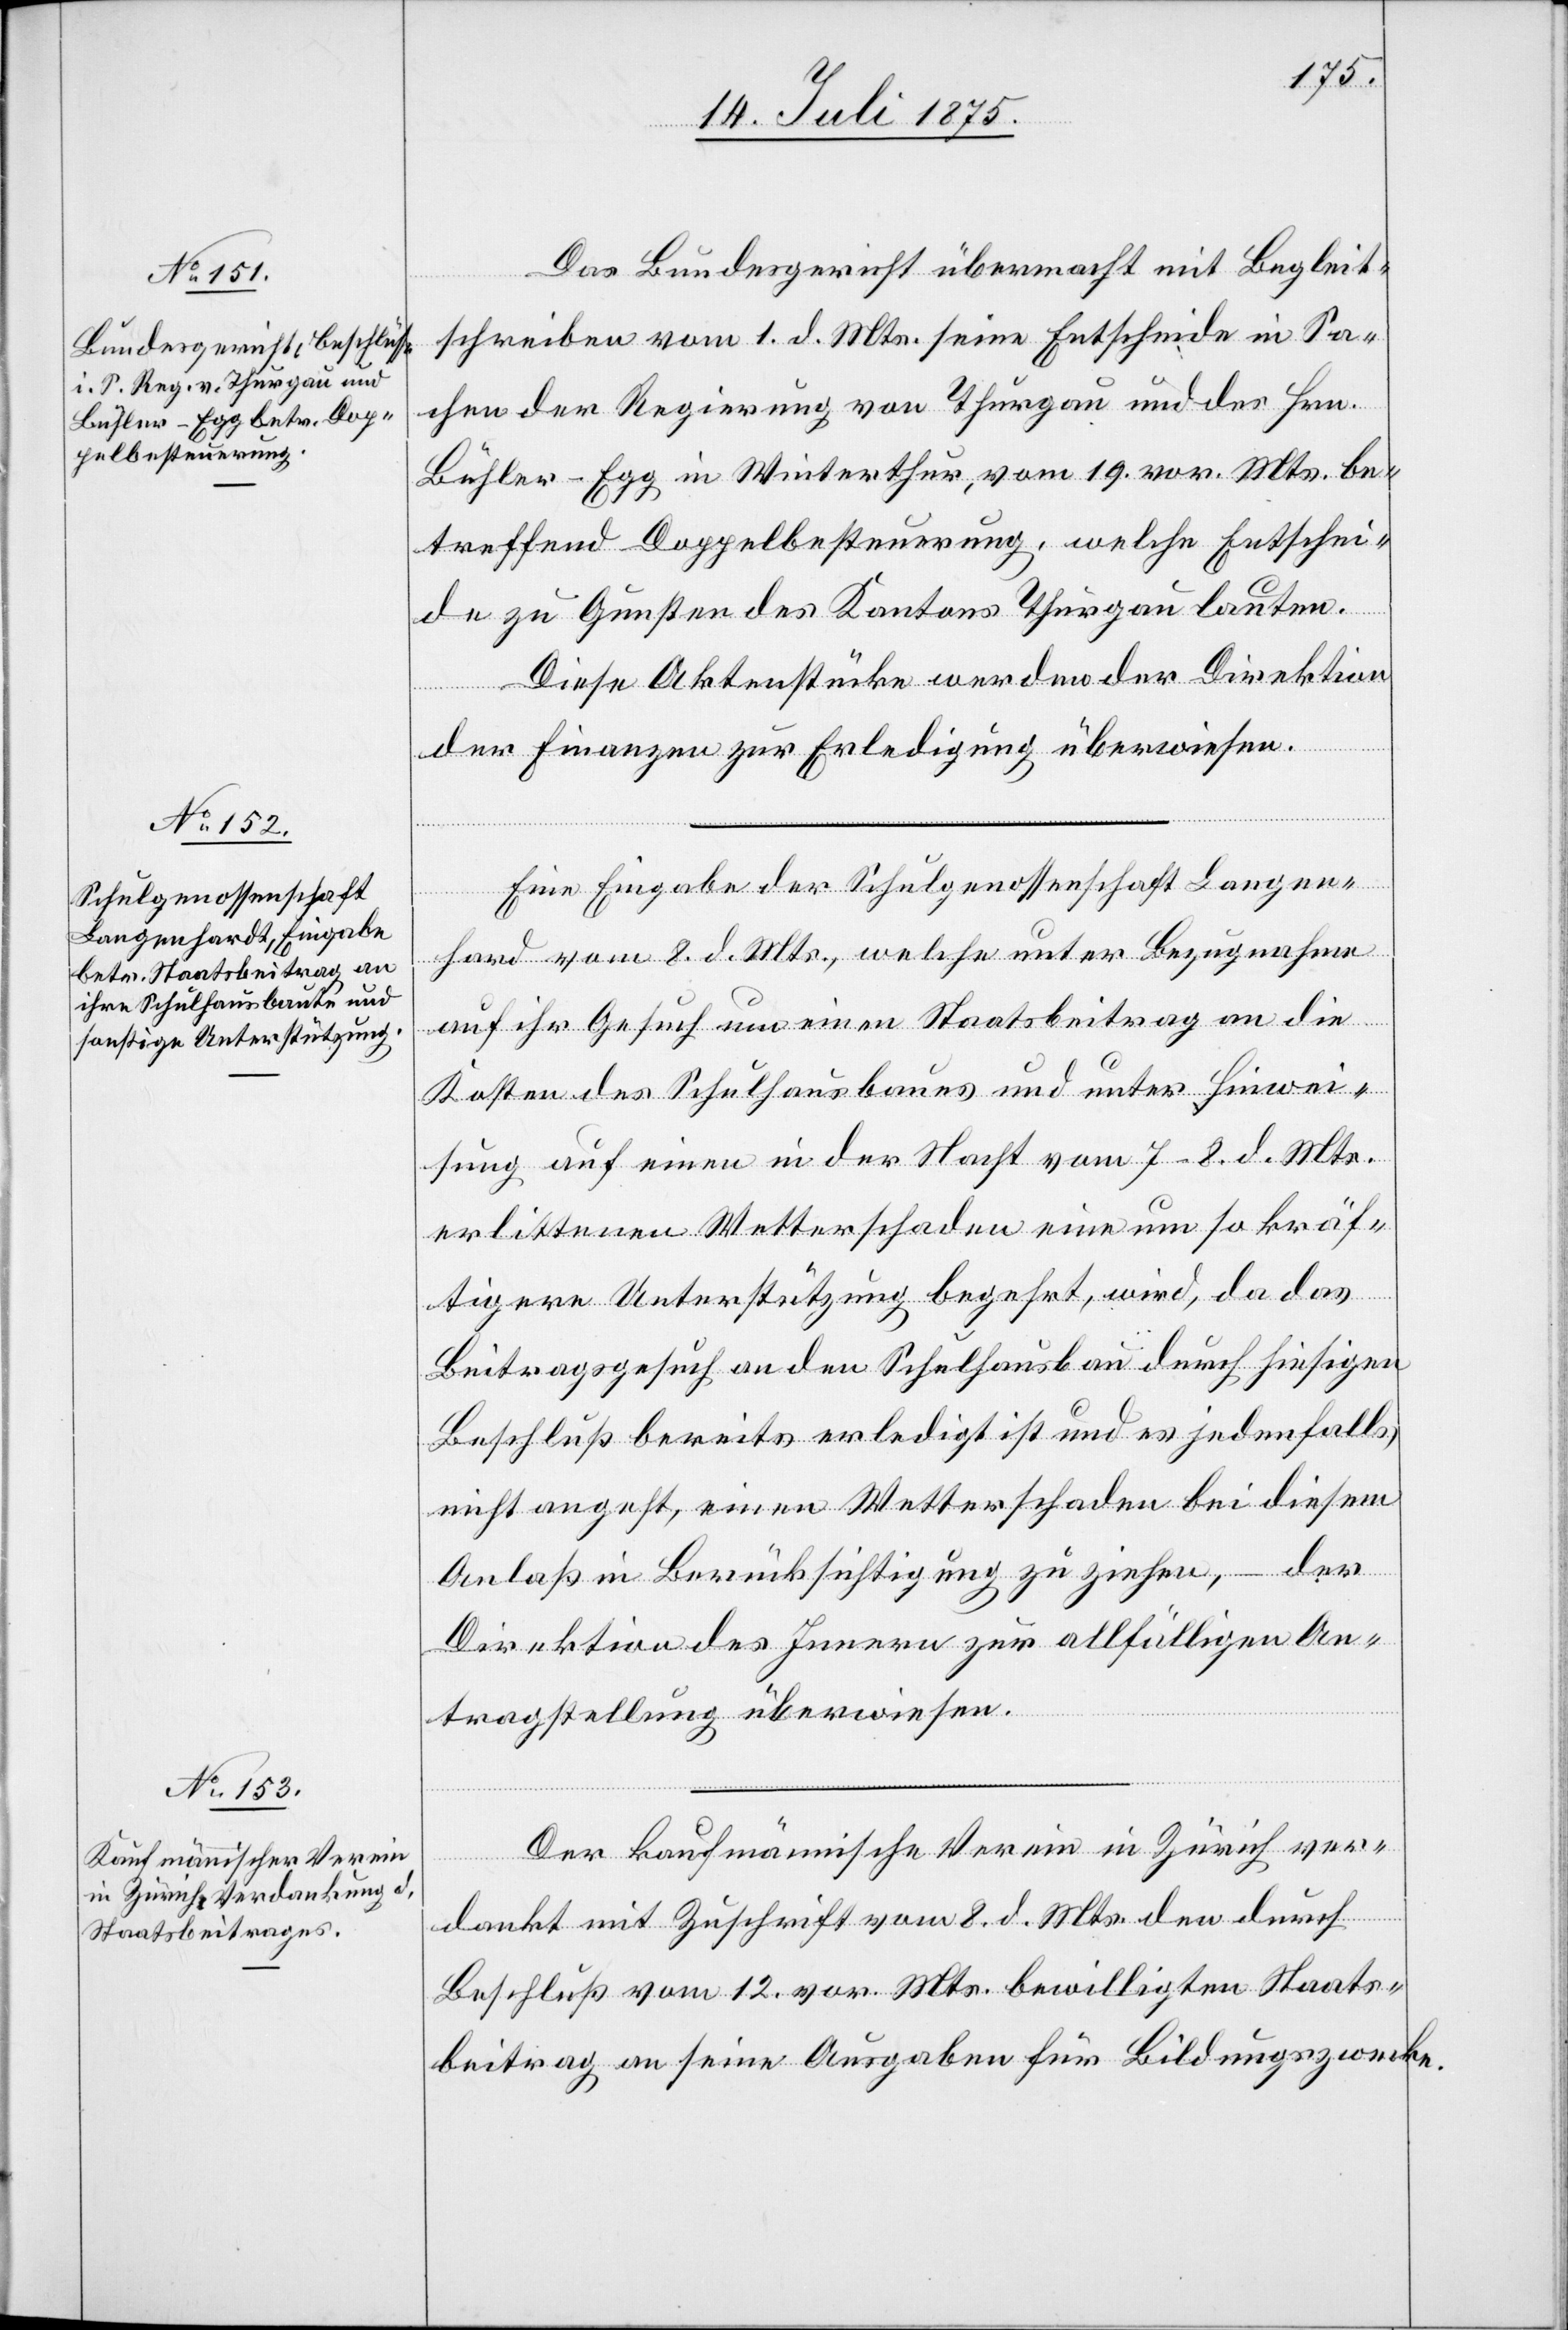
Das Bundesgericht übermacht mit Begleit¬
schreiben vom 1. d. Mts. seine Entscheide in Sa¬
chen der Regierung von Thurgau und der Hrn.
Bühler-Egg in Winterthur, vom 19. vor. Mts. be¬
treffend Doppelbesteuerung, welche Entschei¬
de zu Gunsten des Kantons Thurgau lauten.
Diese Aktenstücke werden der Direktion
der Finanzen zur Erledigung überwiesen.
Eine Eingabe der Schulgenossenschaft Langen¬
hard vom 8. d. Mts., welche unter Bezugnahme
auf ihr Gesuch um einen Staatsbeitrag an die
Kosten des Schulhausbaues und unter Hinwei¬
sung auf einen in der Nacht vom 7–8. d. Mts.
erlittene Wetterschaden eine um so kräf¬
tigere Unterstützung begehrt wird, da das
Beitragsgesuch an den Schulhausbau durch hierseitigen
Beschluß bereits erledigt ist und es jedenfalls
nicht angeht, einen Wasserschaden bei diesem
Anlaß in Berücksichtigung zu ziehen, – der
Direktion des Innern zur allfälligen An¬
tragstellung überwiesen.
Der kaufmännische Verein in Zürich ver¬
dankt mit Zuschrift vom 8. d. Mts. den durch
Beschluß vom 12. vor. Mts. bewilligten Staats¬
beitrag an seine Ausgaben für Bildungszwecke.